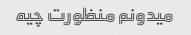
میدونم منظورت چیه